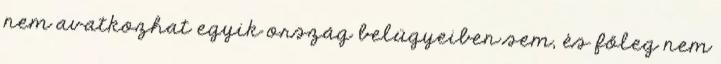
nem avatkozhat egyik ország belügyeiben sem, és főleg nem